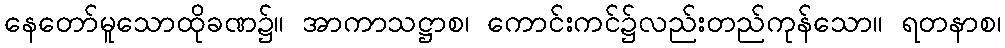
နေတော်မူသောထိုခဏ၌။ အာကာသဋ္ဌာစ၊ ကောင်းကင်၌လည်းတည်ကုန်သော။ ရတနာစ၊